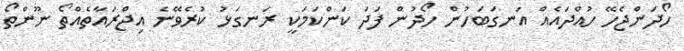
ހޯދަންޖެހޭ ހުއްދައެއް އަނގަބަހުން ހޯދުން ފަދަ ކަންކަމަކީ ރަނގަޅު ކުރެވޭނެ އިޖްރައާތެއްތޯ ނޫންތޯ